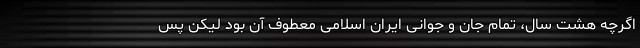
اگرچه هشت سال، تمام جان و جوانی ایران اسلامی معطوف آن بود لیکن پس